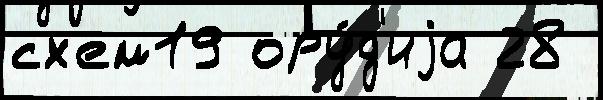
сх'ем19 ору́д'иjа 28